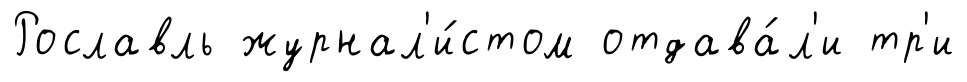
Рославль журнал'и́стом отдава́л'и тр'и